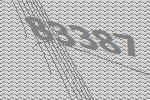
83387